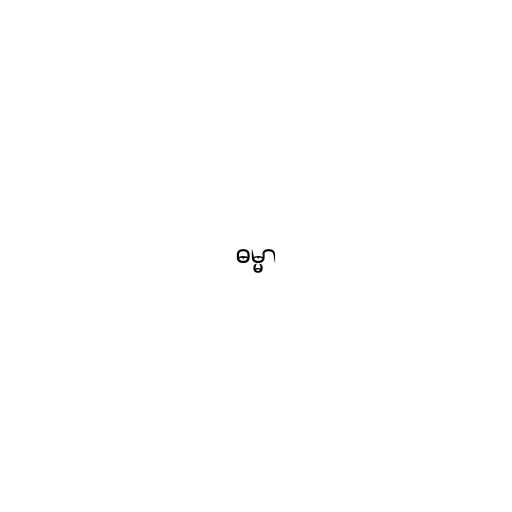
ဓမ္မာ